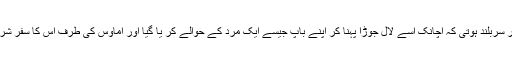
وہ ابھی اور سربلند ہوتی کہ اچانک اسے لال جوڑا پہنا کر اپنے باپ جیسے ایک مرد کے حوالے کر یا گیا اور اماوس کی طرف اس کا سفر شروع ہو گیا۔